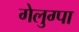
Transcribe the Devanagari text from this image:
गेलुग्पा